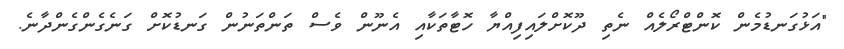
"އަޅުގަނޑުމެން ކޮންޓްރޯލެއް ނެތި ދޫކޮށްލައިފިއްޔާ ހޮޓާތަކާއި އެނޫން ވެސް ތަންތަނުން ގަނޑުކޮށް ގަނެގެންގެންދާނެ.